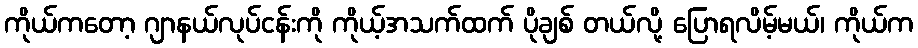
ကိုယ်ကတော့ ဂျာနယ်လုပ်ငန်းကို ကိုယ့်အသက်ထက် ပိုချစ် တယ်လို့ ပြောရလိမ့်မယ်၊ ကိုယ်က